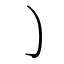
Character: ㇁